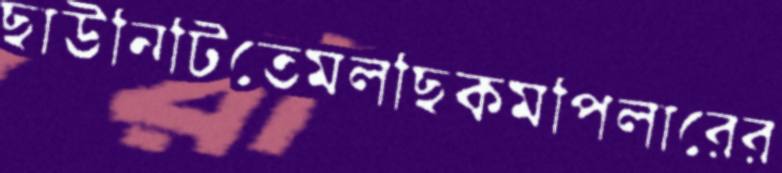
ছাউনিটিতেমলছিকমপিলারের